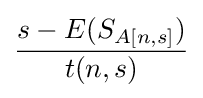
{\frac {s-E(S_{A[n,s]})}{t(n,s)}}